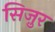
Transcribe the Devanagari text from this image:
सिज़ुर